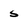
Character: 5